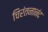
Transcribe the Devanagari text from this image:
चिरंतनानंद